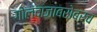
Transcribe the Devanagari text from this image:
गोलंदाजाबरोबरच